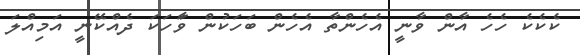
ކެކެކެ ހެހެ އާން ވާނީ އެހެންތާ އެހެން ބަހަކުން ވަާހަކަ ދެއްކޭނީ އަމިއްލަ